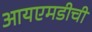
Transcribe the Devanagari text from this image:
आयएमडीची